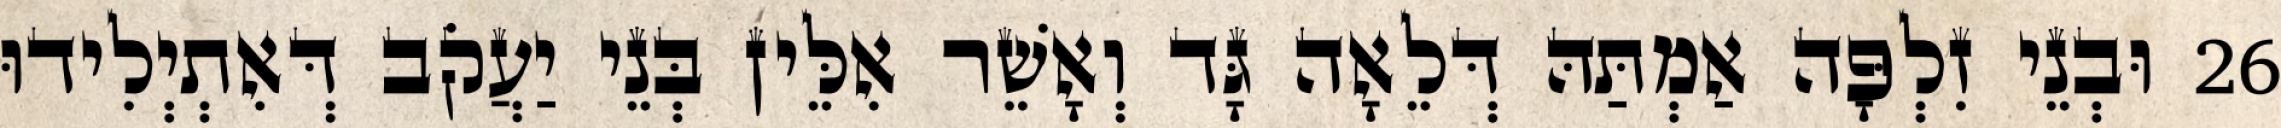
26 וּבְנֵי זִלְפָּה אַמְתַּהּ דְּלֵאָה גָּד וְאָשֵׁר אִלֵּין בְּנֵי יַעֲקֹב דְּאִתְיְלִידוּ